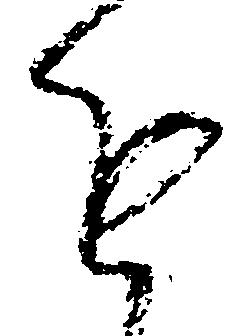
進